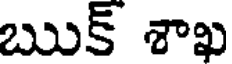
ఋక్ శాఖ